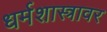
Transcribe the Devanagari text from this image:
धर्मशास्त्रावर